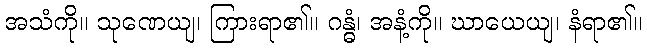
အသံကို။ သုဏေယျ၊ ကြားရာ၏။ ဂန္ဓံ၊ အနံ့ကို။ ဃာယေယျ၊ နံရာ၏။